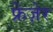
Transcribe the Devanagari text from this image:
फ्रेज़ेर